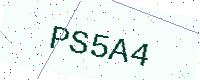
Text: PS5A4